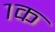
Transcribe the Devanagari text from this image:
१क